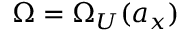
\Omega = \Omega _ { U } ( a _ { x } )